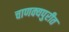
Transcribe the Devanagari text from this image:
चाणक्यपुरीत